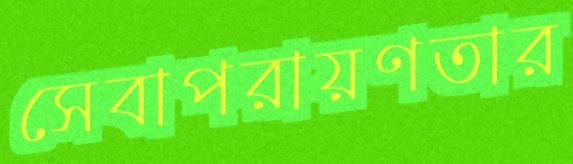
সেবাপরায়ণতার